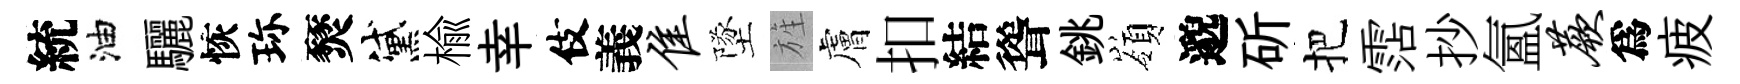
統油驪恢珎燹黛楡幸伎義隹墜旌膚扣結聳銚嶺邈斫把霑抄氳蕨爲疲